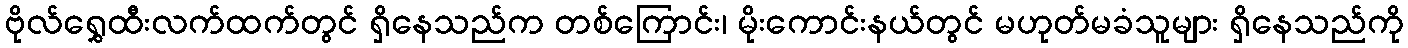
ဗိုလ်ရွှေထီးလက်ထက်တွင် ရှိနေသည်က တစ်ကြောင်း၊ မိုးကောင်းနယ်တွင် မဟုတ်မခံသူများ ရှိနေသည်ကို